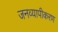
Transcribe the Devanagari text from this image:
जनव्यापीकरण